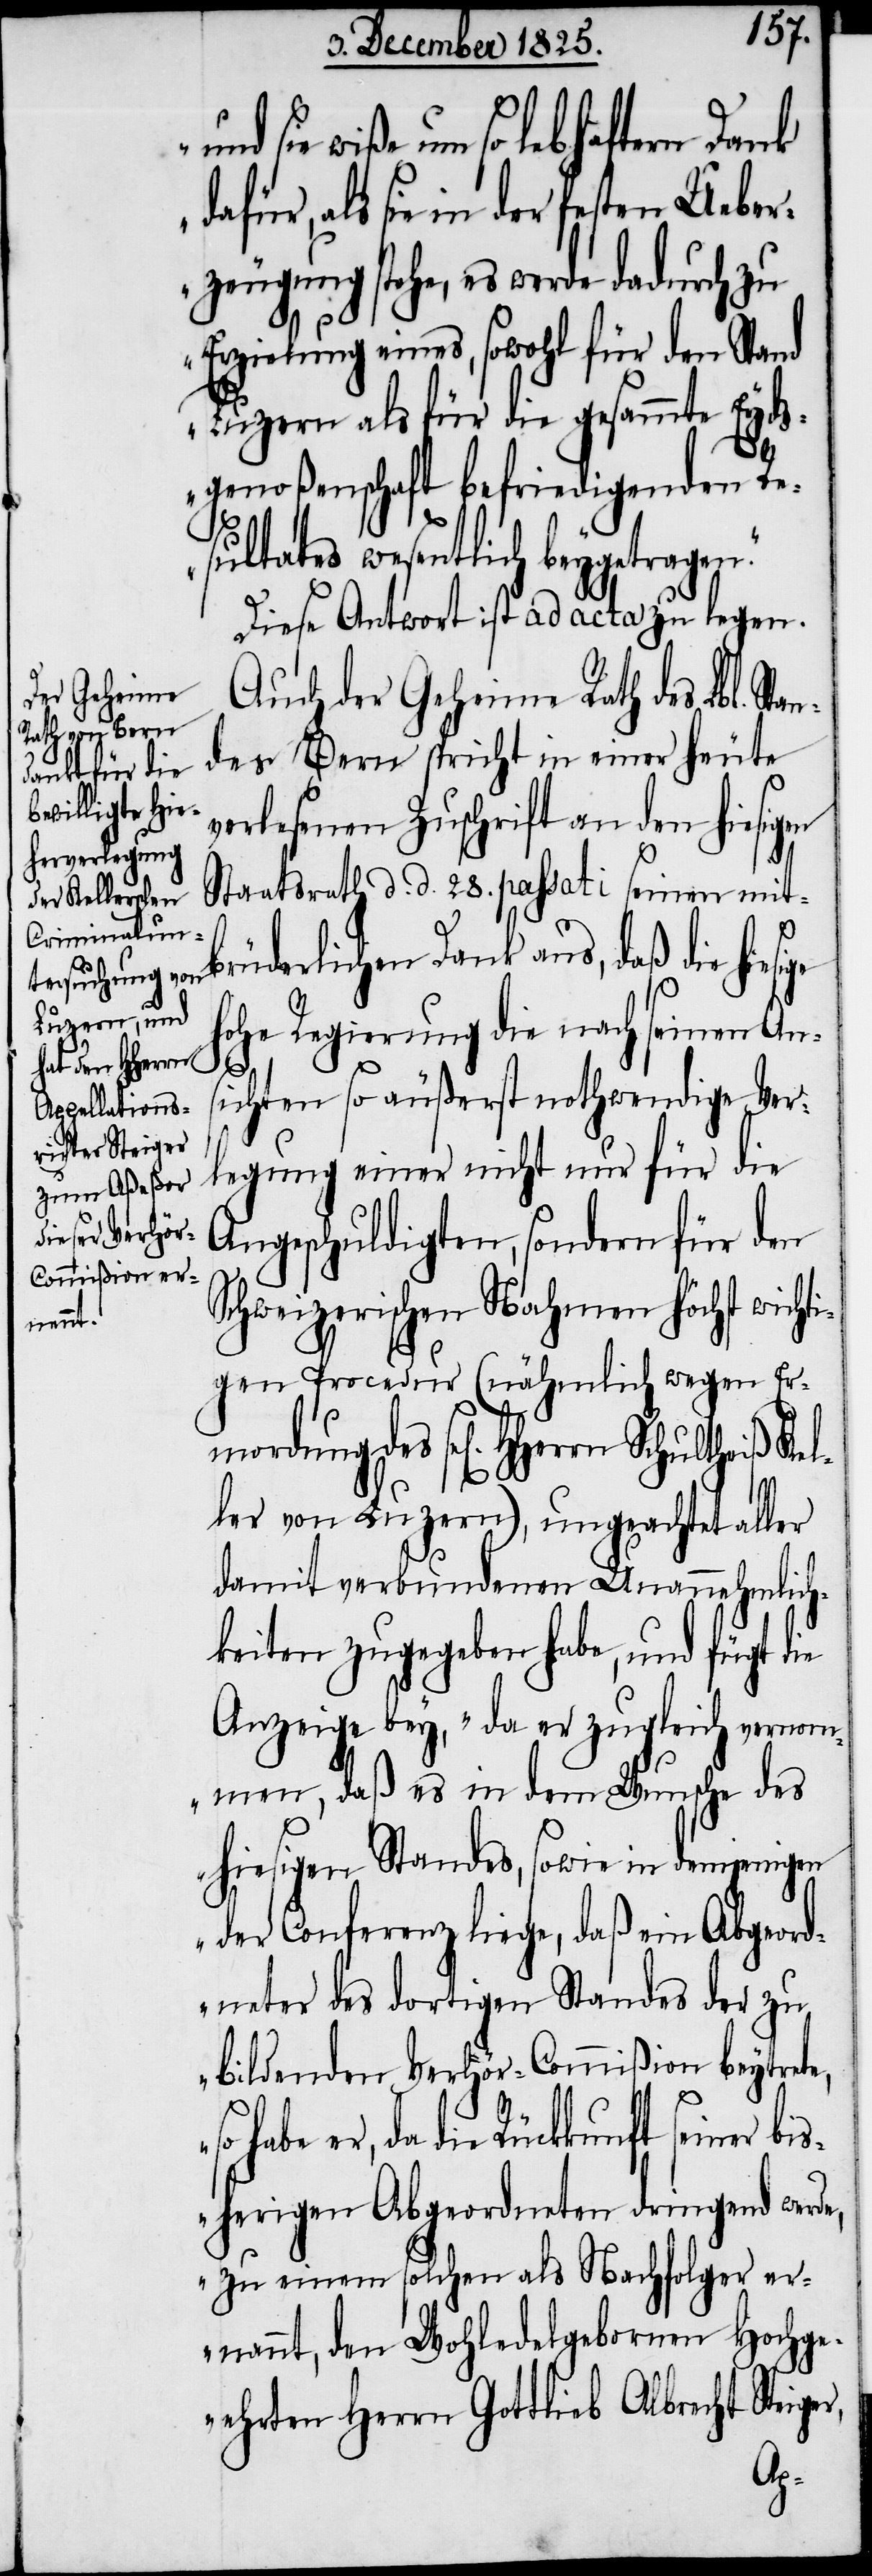
und sie wiße um so lebhaftern Dank
als sie in der festen Ueber¬
zeugung stehe, es werde dadurch zu
Erzielung eines, sowohl für den Stand
Luzern als für die gesammte Eyds¬
genoßenschaft befriedigenden Re¬
sultates wesentlich beygetragen.“
Auch der Geheime Rath des Lbl. St¬
des Bern spricht in einer heute
verlesenen Zuschrift an den hiesigen
Staatsrath d. d. 28. passati seinen mit¬
brüderlichen Dank aus, daß die hie¬
hohe Regierung die nach seinen Ans¬
ichten so äußerst nothwendige Ver¬
legung einer nicht nur für die
Angeschuldigten, sondern für den
Schweizerischen Nahmen höchst wicht¬
igen Procedur (nähmlich wegen Er¬
mordung des sel[igen] HHerrn Schu¬
ler von Luzern), ungeachtet aller
damit verbundenen Unannehmlich¬
keiten zugegen habe, und fügt die
Anzeige bey, „da er zugleich vernom¬
men, daß es in dem Wunsche des
hiesigen Standes, sowie in demjenigen
der Conferenz liege, daß ein Abgeor¬
dneter des dortigen Standes der zu
bildenden Verhör-Commißion beytret¬
da die Rückkunft seiner bi¬
sherigen Abgeordneten dringend werd¬
e, zu einem solchen als Nachfolger er¬
nannt, den Wohledelgebornen Hochge¬
achten Herrn Gottlieb Albrecht Steige¬
r,